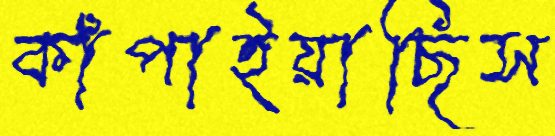
কাঁপাইয়াছিস